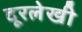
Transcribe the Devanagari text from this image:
दूरलेखी